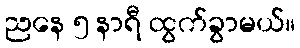
ညနေ ၅ နာရီ ထွက်ခွာမယ်။